Liigvalla_vallavalitsus, lk 47
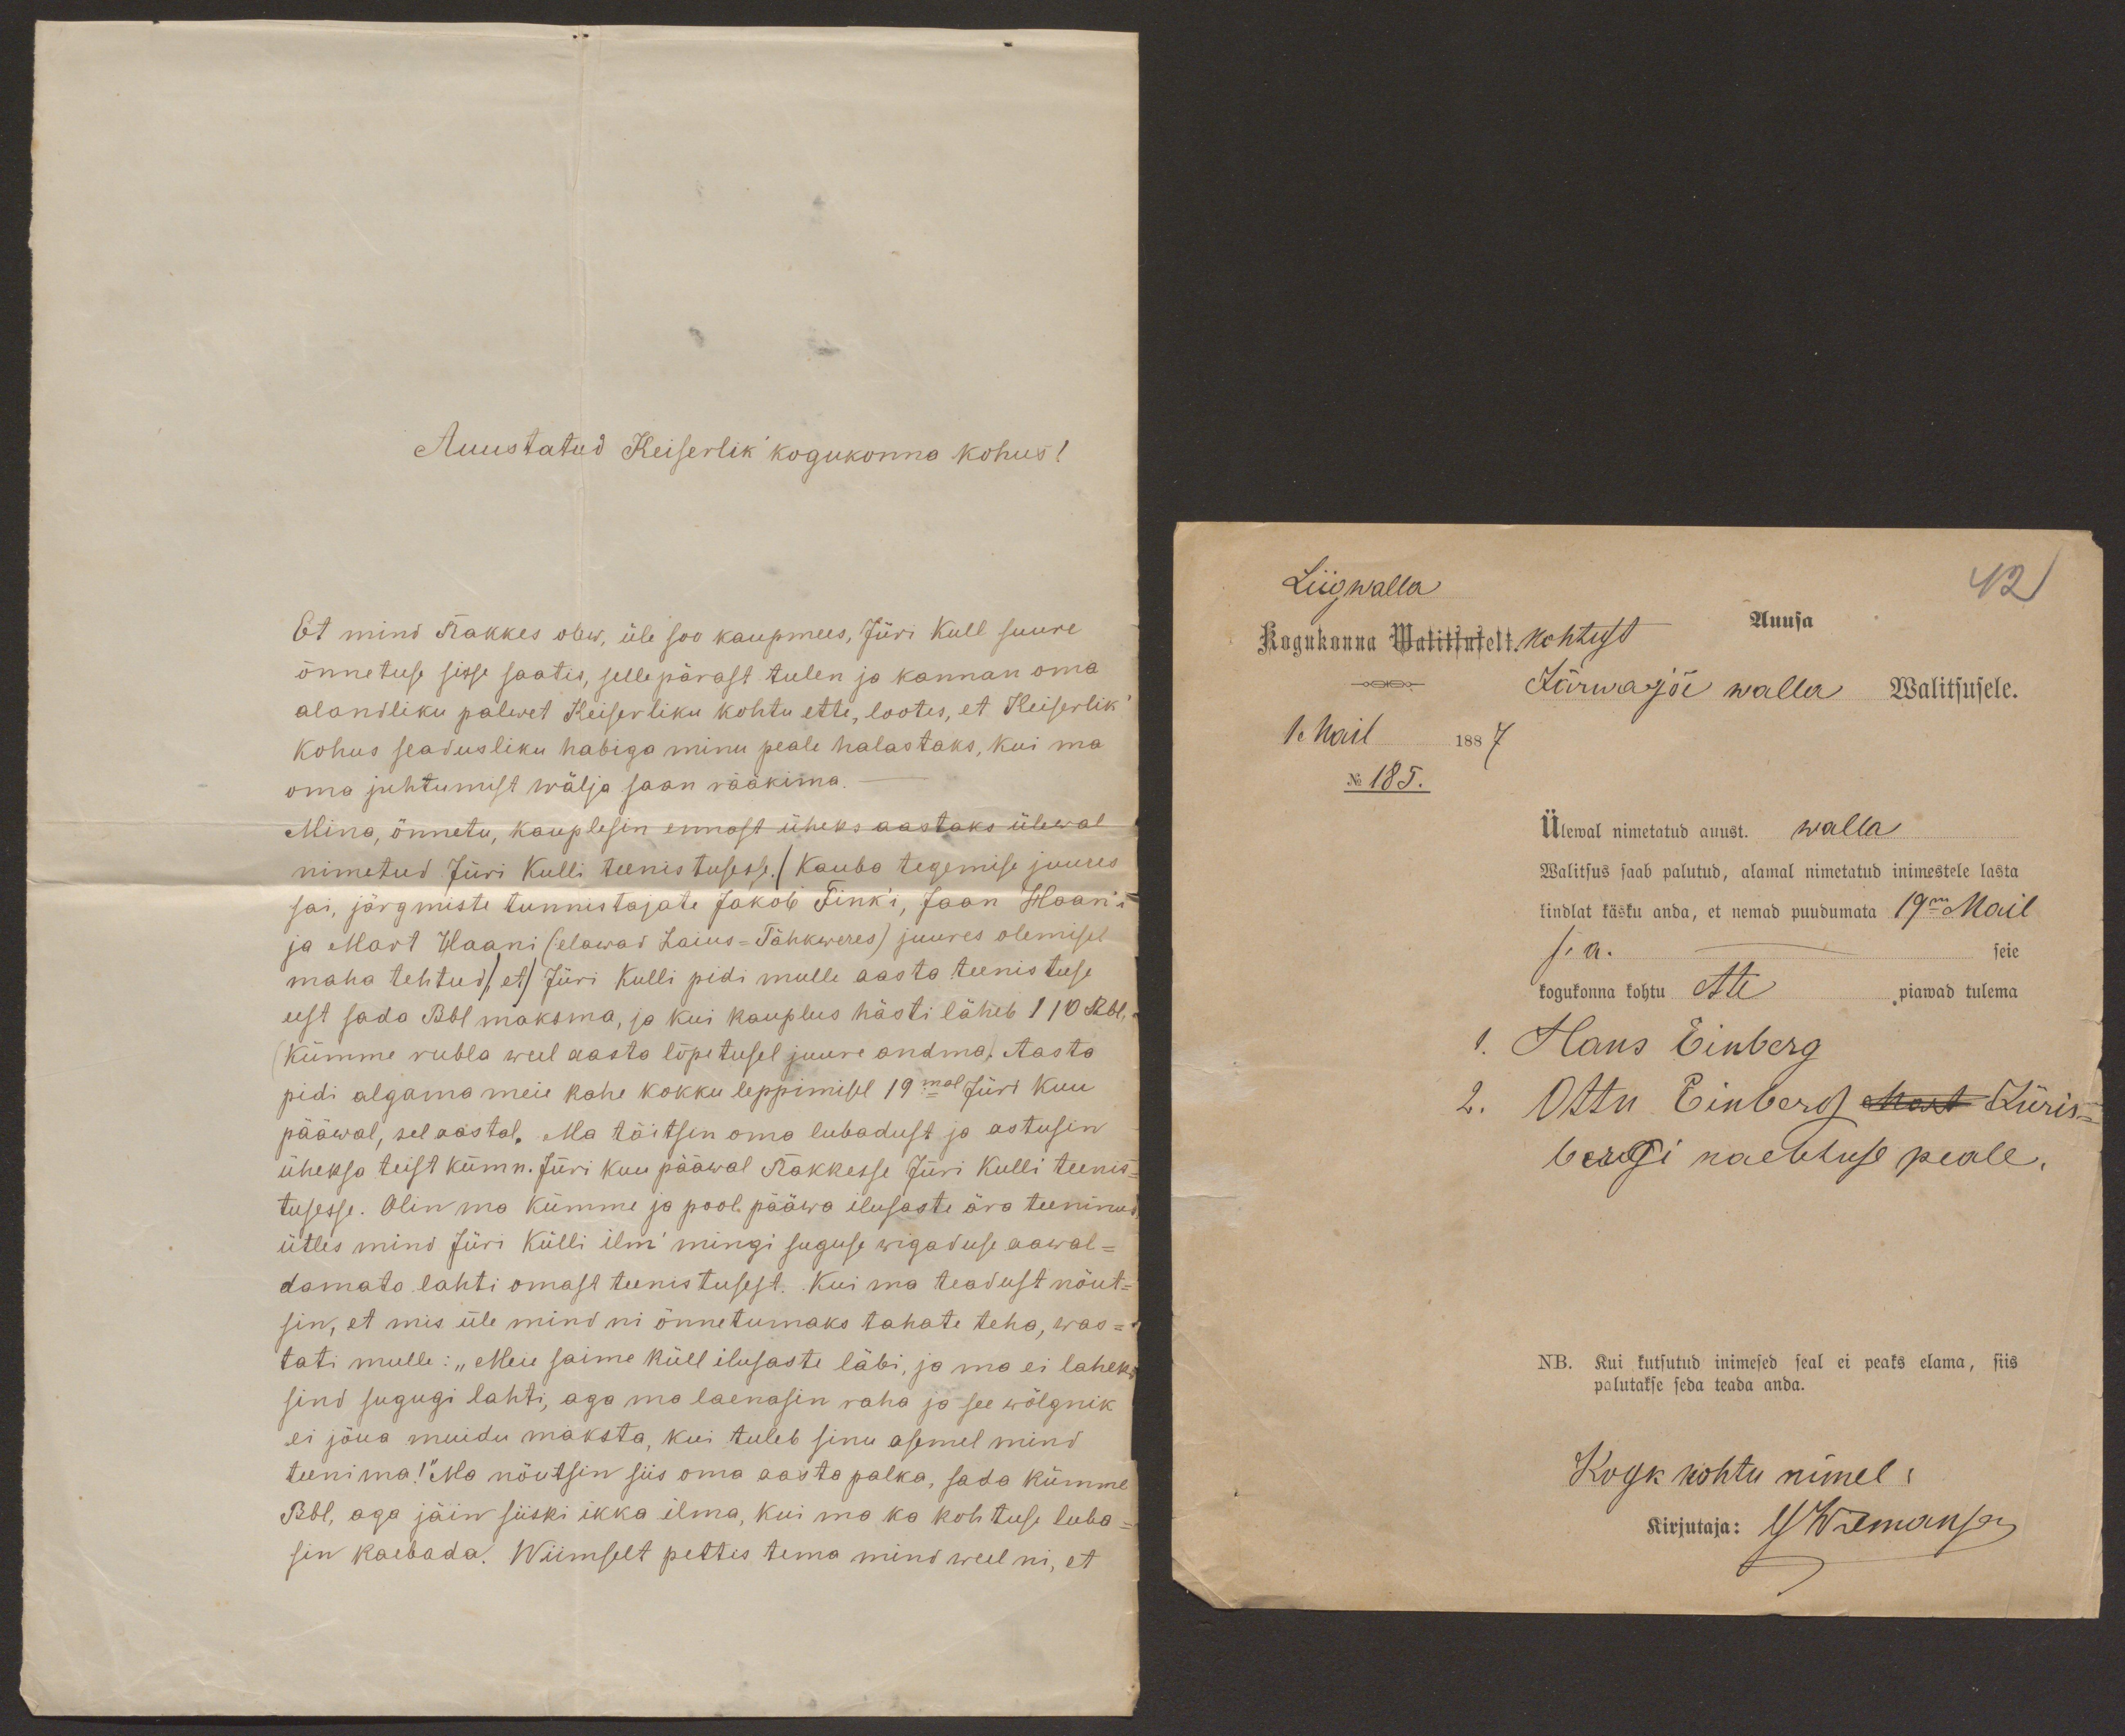
Auustatud Keiserlik kogukonna kohus!
Et mind Rakkes olew, üle soo kaupmees, Jüri Kull suure
õnnetuse sisse saatis, sellepärast tulen ja kannan oma
alandliku palwet Keiserliku kohtu ette, lootes, et Keiserlik
kohus seadusliku habiga minu peale halastaks, kui ma
oma juhtumist wälja saan rääkima.
Mina, õnnetu, kauplesin ennast üheks aastaks ülewal
nimetud Jüri Kulli teenistusesse. (Kauba tegemise juures
sai, järgmiste tunnistajate Jakob Fink´i, Jaan Haan´i
ja Mart Haani (elawad Laius-Tähkweres) juures olemisel
maha tehtud), et) Jüri Kulli pidi mulle aasta teenistuse
eest sada Rbl maksma, ja kui kauplus hästi läheb 110 Rbl.
Kümme rubla weel aasta lõpetusel juure andma. Aasta
pidi algama meie kahe kokku leppimisel 19mal Jüri kuu
pääwal, sel aastal. Ma täitsin oma lubadust ja astusin
üheksa teist kümn. Jüri kuu pääwal Rakkesse Jüri Kulli teenis-
tusesse. Olin ma kümme ja pool pääwa ilusaste ära teeninud,
ütles mind Jüri Külli ilm´ mingi suguse wigaduse aawal-
damata lahti omast teenistusest. Kui ma teadust nõut-
sin, et mis üle mind ni õnnetumaks tahate teha, was-
tati mulle: "Meie saime küll ilusasti läbi, ja ma ei laheks
sind sugugi lahti, aga ma laenasin raha ja see wõlgnik
ei jõua muidu maksta, kui tuleb sinu asemel mind
teenima!" Ma nõutsin siis oma aasta palka, sada kümme
Rbl, aga jäin siiski ikka ilma, kui ma ka kohtuse luba-
sin kaebada. Wiimselt pettis tema mind weel ni, et

Liigwalla
Kogukonna Walitsuselt kohtust
42
Auusa
Järwajõe walla Walitsusele.
1. Mail 1887
No 185.
Ülewal nimetatud auust. walla
Walitsus saab palutud, alamal nimetatud inimestele lasta
kindlat käsku anda, et nemad puudumata 19m Mail
s.a.
seie
kogukonna kohtu ette piawad tulema
1. Hans Einberg
2. Ottu Einberg Mart Jüris-
bergi kaebtuse peale.
NB. Kui kutsutud inimesed seal ei peaks elama, siis
palutakse seda teada anda.
Kogk kohtu nimel:
Kirjutaja: GWilmansen